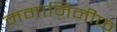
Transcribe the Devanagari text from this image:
ममानिनीफ